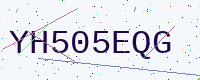
Text: YH505EQG